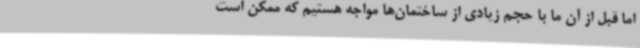
اما قبل از آن ما با حجم زیادی از ساختمان‌ها مواجه هستیم که ممکن است